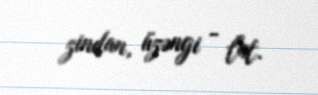
zindan, üzəngi - lat.